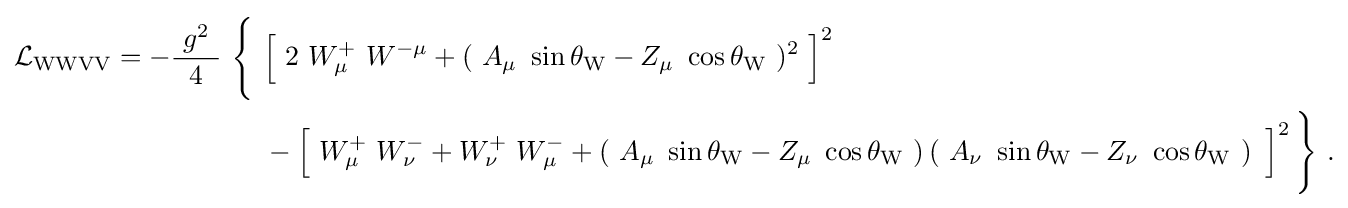
{\begin{aligned}{\mathcal {L}}_{\mathrm {WWVV} }=-{\frac {\ g^{2}\ }{4}}\ {\Biggl \{}\ &{\Bigl [}\ 2\ W_{\mu }^{+}\ W^{-\mu }+(\ A_{\mu }\ \sin \theta _{\mathrm {W} }-Z_{\mu }\ \cos \theta _{\mathrm {W} }\ )^{2}\ {\Bigr ]}^{2}\\&-{\Bigl [}\ W_{\mu }^{+}\ W_{\nu }^{-}+W_{\nu }^{+}\ W_{\mu }^{-}+\left(\ A_{\mu }\ \sin \theta _{\mathrm {W} }-Z_{\mu }\ \cos \theta _{\mathrm {W} }\ \right)\left(\ A_{\nu }\ \sin \theta _{\mathrm {W} }-Z_{\nu }\ \cos \theta _{\mathrm {W} }\ \right)\ {\Bigr ]}^{2}\,{\Biggr \}}~.\end{aligned}}